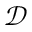
\mathcal { D }